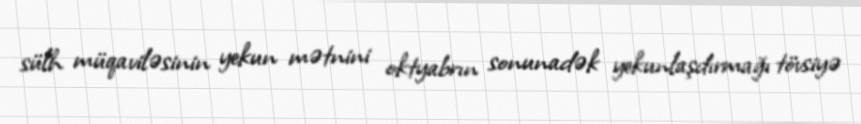
sülh müqaviləsinin yekun mətnini oktyabrın sonunadək yekunlaşdırmağı tövsiyə